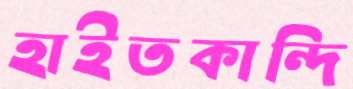
হাইতকান্দি